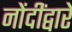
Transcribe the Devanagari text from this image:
नोंदींद्वारे